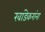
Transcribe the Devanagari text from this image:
खांडेकरांना